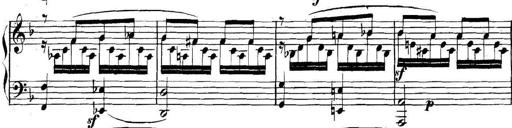
Title: Collected Piano Sonatas
Composer: Muzio Clementi